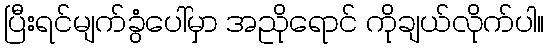
ပြီးရင်မျက်ခွံပေါ်မှာ အညိုရောင် ကိုချယ်လိုက်ပါ။